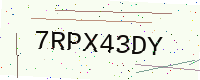
Text: 7RPX43DY